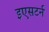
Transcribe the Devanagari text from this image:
इएसटर्न